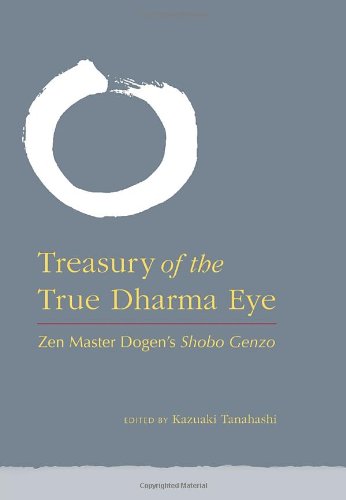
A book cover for Treasury of the True Dharma Eye: Zen Master Dogen's Shobo Genzo; Religion & Spirituality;